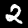
Digit: 2